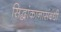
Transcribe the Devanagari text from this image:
सिद्धांकानासंबंधी